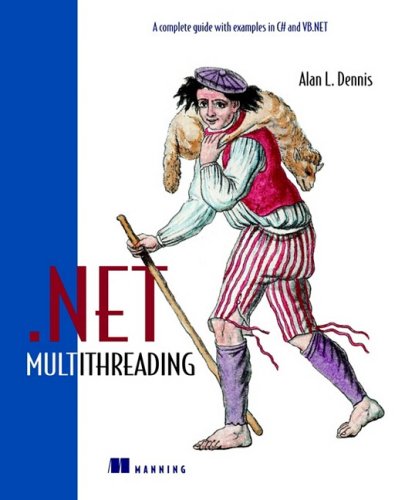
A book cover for .NET Multithreading; Alan Dennis; Computers & Technology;